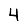
Digit: 4